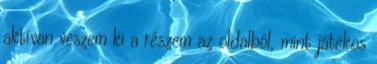
aktívan veszem ki a részem az oldalból, mint játékos